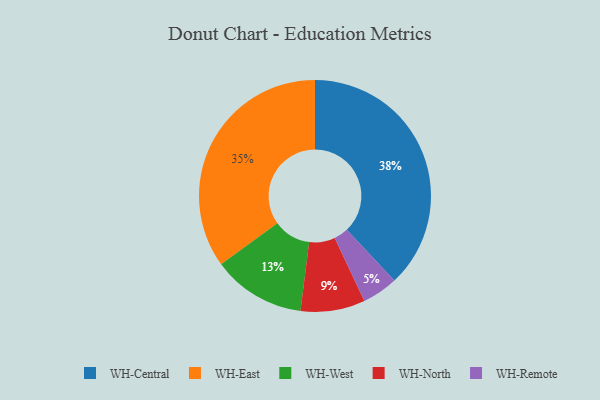
{"axis": {"x": "Category", "y": "Percentage"}, "legend": ["WH-Central", "WH-East", "WH-North", "WH-Remote", "WH-West"], "data": [{"x": "WH-Central", "y": 38, "type": "WH-Central"}, {"x": "WH-East", "y": 35, "type": "WH-East"}, {"x": "WH-Remote", "y": 5, "type": "WH-Remote"}, {"x": "WH-North", "y": 9, "type": "WH-North"}, {"x": "WH-West", "y": 13, "type": "WH-West"}]}